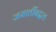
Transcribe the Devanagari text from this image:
जमातींबद्दल